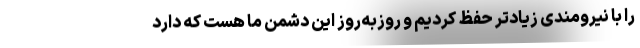
را با نیرومندی زیادتر حفظ کردیم و روزبه‌روز این دشمن ما هست که دارد